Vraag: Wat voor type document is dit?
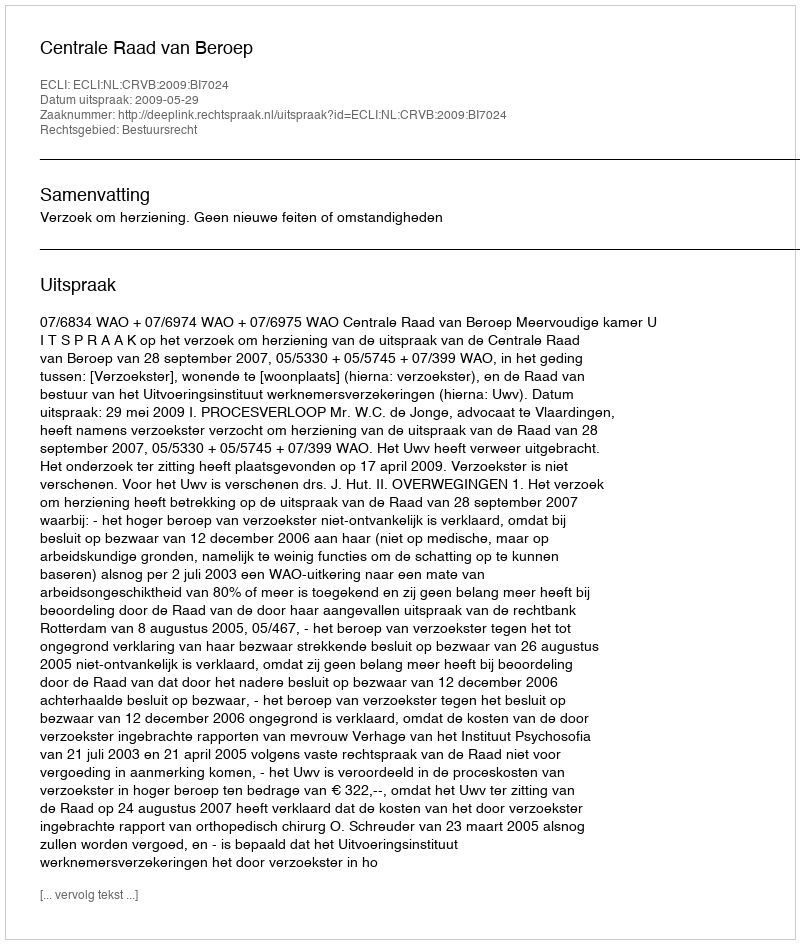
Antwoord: Uitspraak